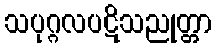
သပုဂ္ဂလပဋိသညုတ္တာ